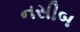
નસીબ